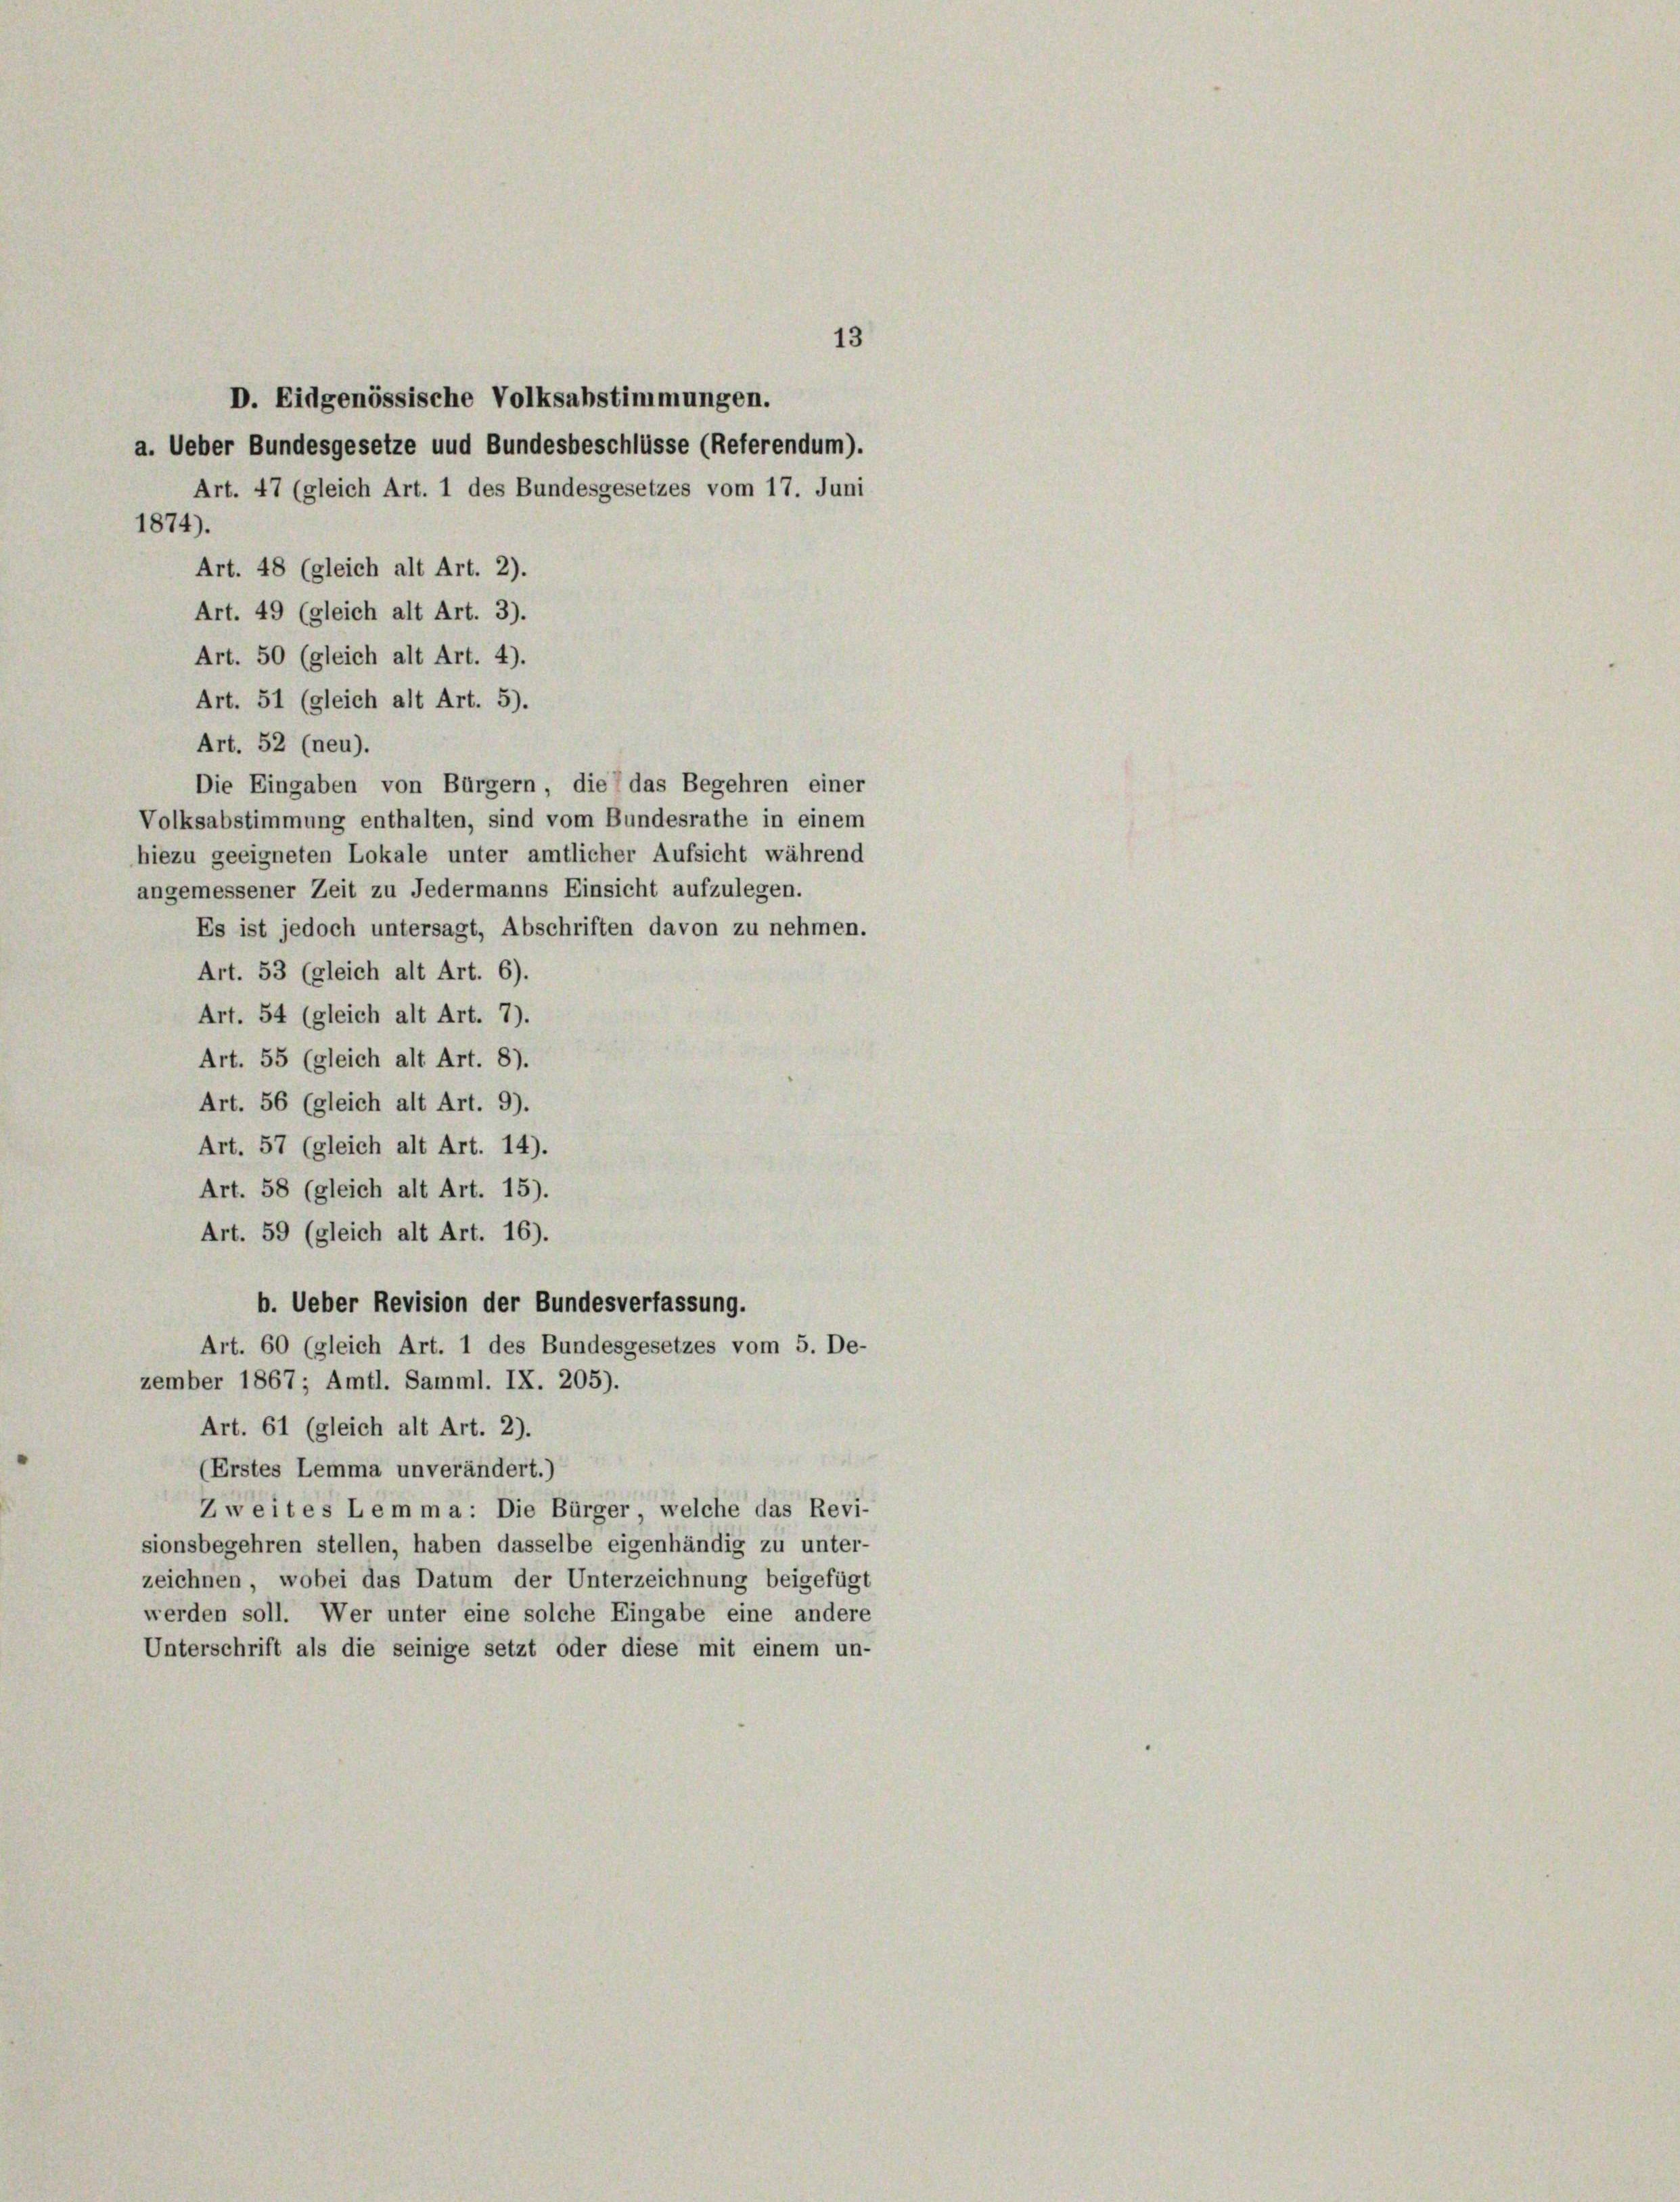
a. Ueber Bundesgesetze und Bundesbeschlüsse (Referendum).
Art. 47 (gleich Art. 1 des Bundesgesetzes vom 17. Juni
1874).
Art. 49 (gleich alt Art. 3).
Art. 50 (gleich alt Art. 4).
Art. 51 (gleich alt Art. 5).
Art. 52 (neu).
Die Eingaben von Bürgern, die das Begehren einer
Volksabstimmung enthalten, sind vom Bundesrathe in einem
hiezu geeigneten Lokale unter amtlicher Aufsicht während
angemessener Zeit zu Jedermanns Einsicht aufzulegen.
Es ist jedoch untersagt, Abschriften davon zu nehmen.
Art. 53 (gleich alt Art. 6).
Art. 54 (gleich alt Art. 7).
Art. 55 (gleich alt Art. 8).
Art. 56 (gleich alt Art. 9).
Art. 57 (gleich alt Art. 14).
Art. 58 (gleich alt Art. 15).
Art. 59 (gleich alt Art. 16).
b. Ueber Revision der Bundesverfassung.
Art. 60 (gleich Art. 1 des Bundesgesetzes vom 5. De-
zember 1867; Amtl. Samml. IX. 205).
Art. 61 (gleich alt Art. 2).
(Erstes Lemma unverändert.)
Zweites Lemma: Die Bürger welche das Revi-
sionsbegehren stellen, haben dasselbe eigenhändig zu unter-
zeichnen, wobei das Datum der Unterzeichnung beigefügt
werden soll. Wer unter eine solche Eingabe eine andere
Unterschrift als die seinige setzt oder diese mit einem un-

Art. 48 (gleich alt Art. 2).

D. Eidgenössische Volksabstimmungen.

13